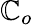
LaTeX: \mathbb{C}_{o}